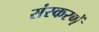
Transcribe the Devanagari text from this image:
संस्करणें